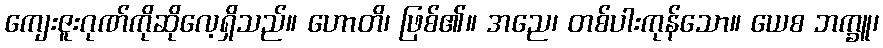
ကျေးဇူးဂုဏ်ကိုဆိုလေ့ရှိသည်။ ဟောတိ၊ ဖြစ်၏။ အညေ၊ တစ်ပါးကုန်သော။ ယေစ ဘက္ခူ၊